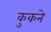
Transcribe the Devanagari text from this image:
कुकने